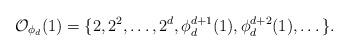
LaTeX: \begin{align*}\mathcal{O}_{\phi_d}(1) = \{ 2, 2^2, \dots, 2^d, \phi_d^{d+1}(1), \phi_d^{d+2}(1), \dots \}.\end{align*}